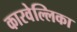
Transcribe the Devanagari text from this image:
कारवेल्लिका